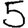
Digit: 5